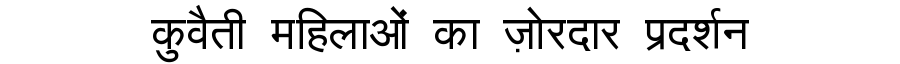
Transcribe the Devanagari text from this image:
कुवैती महिलाओं का ज़ोरदार प्रदर्शन